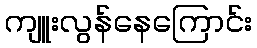
ကျူးလွန်နေကြောင်း